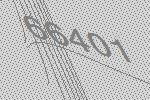
66401